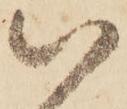
以